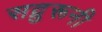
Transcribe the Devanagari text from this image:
सद्गुरूनी